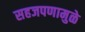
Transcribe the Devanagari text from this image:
सहजपणामुळे